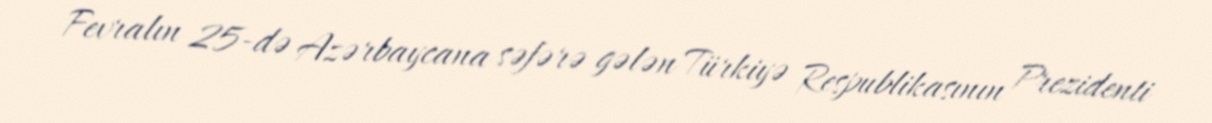
Fevralın 25-də Azərbaycana səfərə gələn Türkiyə Respublikasının Prezidenti